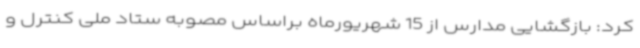
کرد: بازگشایی مدارس از 15 شهریورماه براساس مصوبه ستاد ملی کنترل و